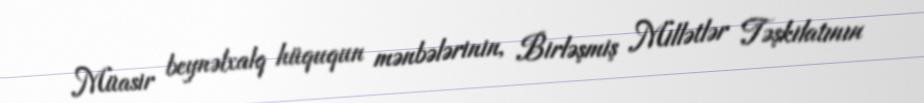
Müasir beynəlxalq hüququn mənbələrinin, Birləşmiş Millətlər Təşkilatının